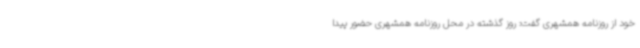
خود از روزنامه همشهری گفت: روز گذشته در محل روزنامه همشهری حضور پیدا